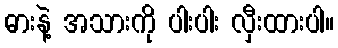
ဓားနဲ့ အသားကို ပါးပါး လှီးထားပါ။